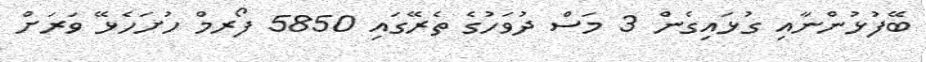
ބޭފުޅުންނާއި ގުޅައިގެން 3 މަސް ދުވަހުގެ ތެރޭގައި 5850 ފޯރމް ހުށަހެޅޭ ވަރަށް